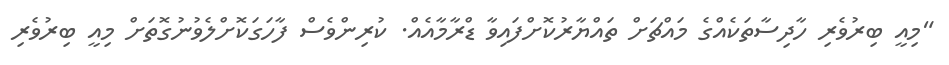
"މިއީ ބިރުވެރި ހާދިސާތަކެއްގެ މައްޗަށް ތައްޔާރުކޮށްފައިވާ ޑްރާމާއެއް. ކުރިންވެސް ފާހަަގަކޮށްލެވުނުގޮތަށް މިއީ ބިރުވެރި